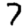
Digit: 7